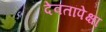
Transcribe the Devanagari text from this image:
देवतांपेक्षा